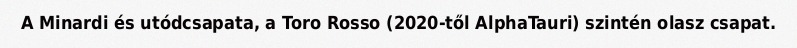
A Minardi és utódcsapata, a Toro Rosso (2020-től AlphaTauri) szintén olasz csapat.